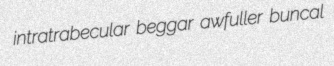
intratrabecular beggar awfuller buncal